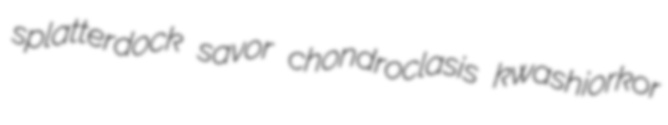
splatterdock savor chondroclasis kwashiorkor